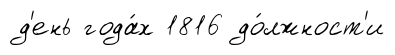
д'ень года́х 1816 до́лжност'и